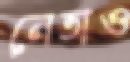
নেতাও